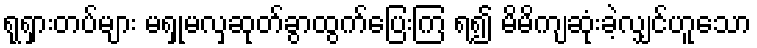
ရုရှားတပ်များ မရှုမလှဆုတ်ခွာထွက်ပြေးကြ ရ၍ မိမိကျဆုံးခဲ့လျှင်ဟူသော